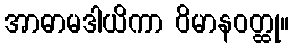
အာဓာမဒါယိကာ ဝိမာနဝတ္ထု။